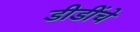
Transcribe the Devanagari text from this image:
डीडींचे